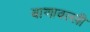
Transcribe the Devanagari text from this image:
बाणावल्ली